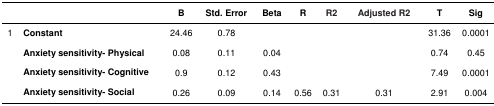
<table><thead><tr><td></td><td></td><td><b>B</b></td><td><b>Std. Error</b></td><td><b>Beta</b></td><td><b>R</b></td><td><b>R2</b></td><td><b>Adjusted R2</b></td><td><b>T</b></td><td><b>Sig</b></td></tr></thead><tbody><tr><td>1</td><td><b>Constant</b></td><td>24.46</td><td>0.78</td><td></td><td></td><td></td><td></td><td>31.36</td><td>0.0001</td></tr><tr><td></td><td><b>Anxiety sensitivity- Physical</b></td><td>0.08</td><td>0.11</td><td>0.04</td><td></td><td></td><td></td><td>0.74</td><td>0.45</td></tr><tr><td></td><td><b>Anxiety sensitivity- Cognitive</b></td><td>0.9</td><td>0.12</td><td>0.43</td><td></td><td></td><td></td><td>7.49</td><td>0.0001</td></tr><tr><td></td><td><b>Anxiety sensitivity- Social</b></td><td>0.26</td><td>0.09</td><td>0.14</td><td>0.56</td><td>0.31</td><td>0.31</td><td>2.91</td><td>0.004</td></tr></tbody></table>